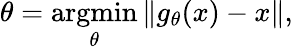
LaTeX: \theta=\underset{\theta}{\operatorname{argmin}}\| g_{\theta}(x)-x\| ,